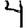
Digit: 4